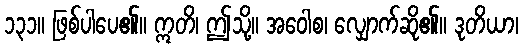
၁၃၁။ ဖြစ်ပါပေ၏။ ဣတိ၊ ဤသို့။ အဝေါစ၊ လျှောက်ဆို၏။ ဒုတိယာ၊